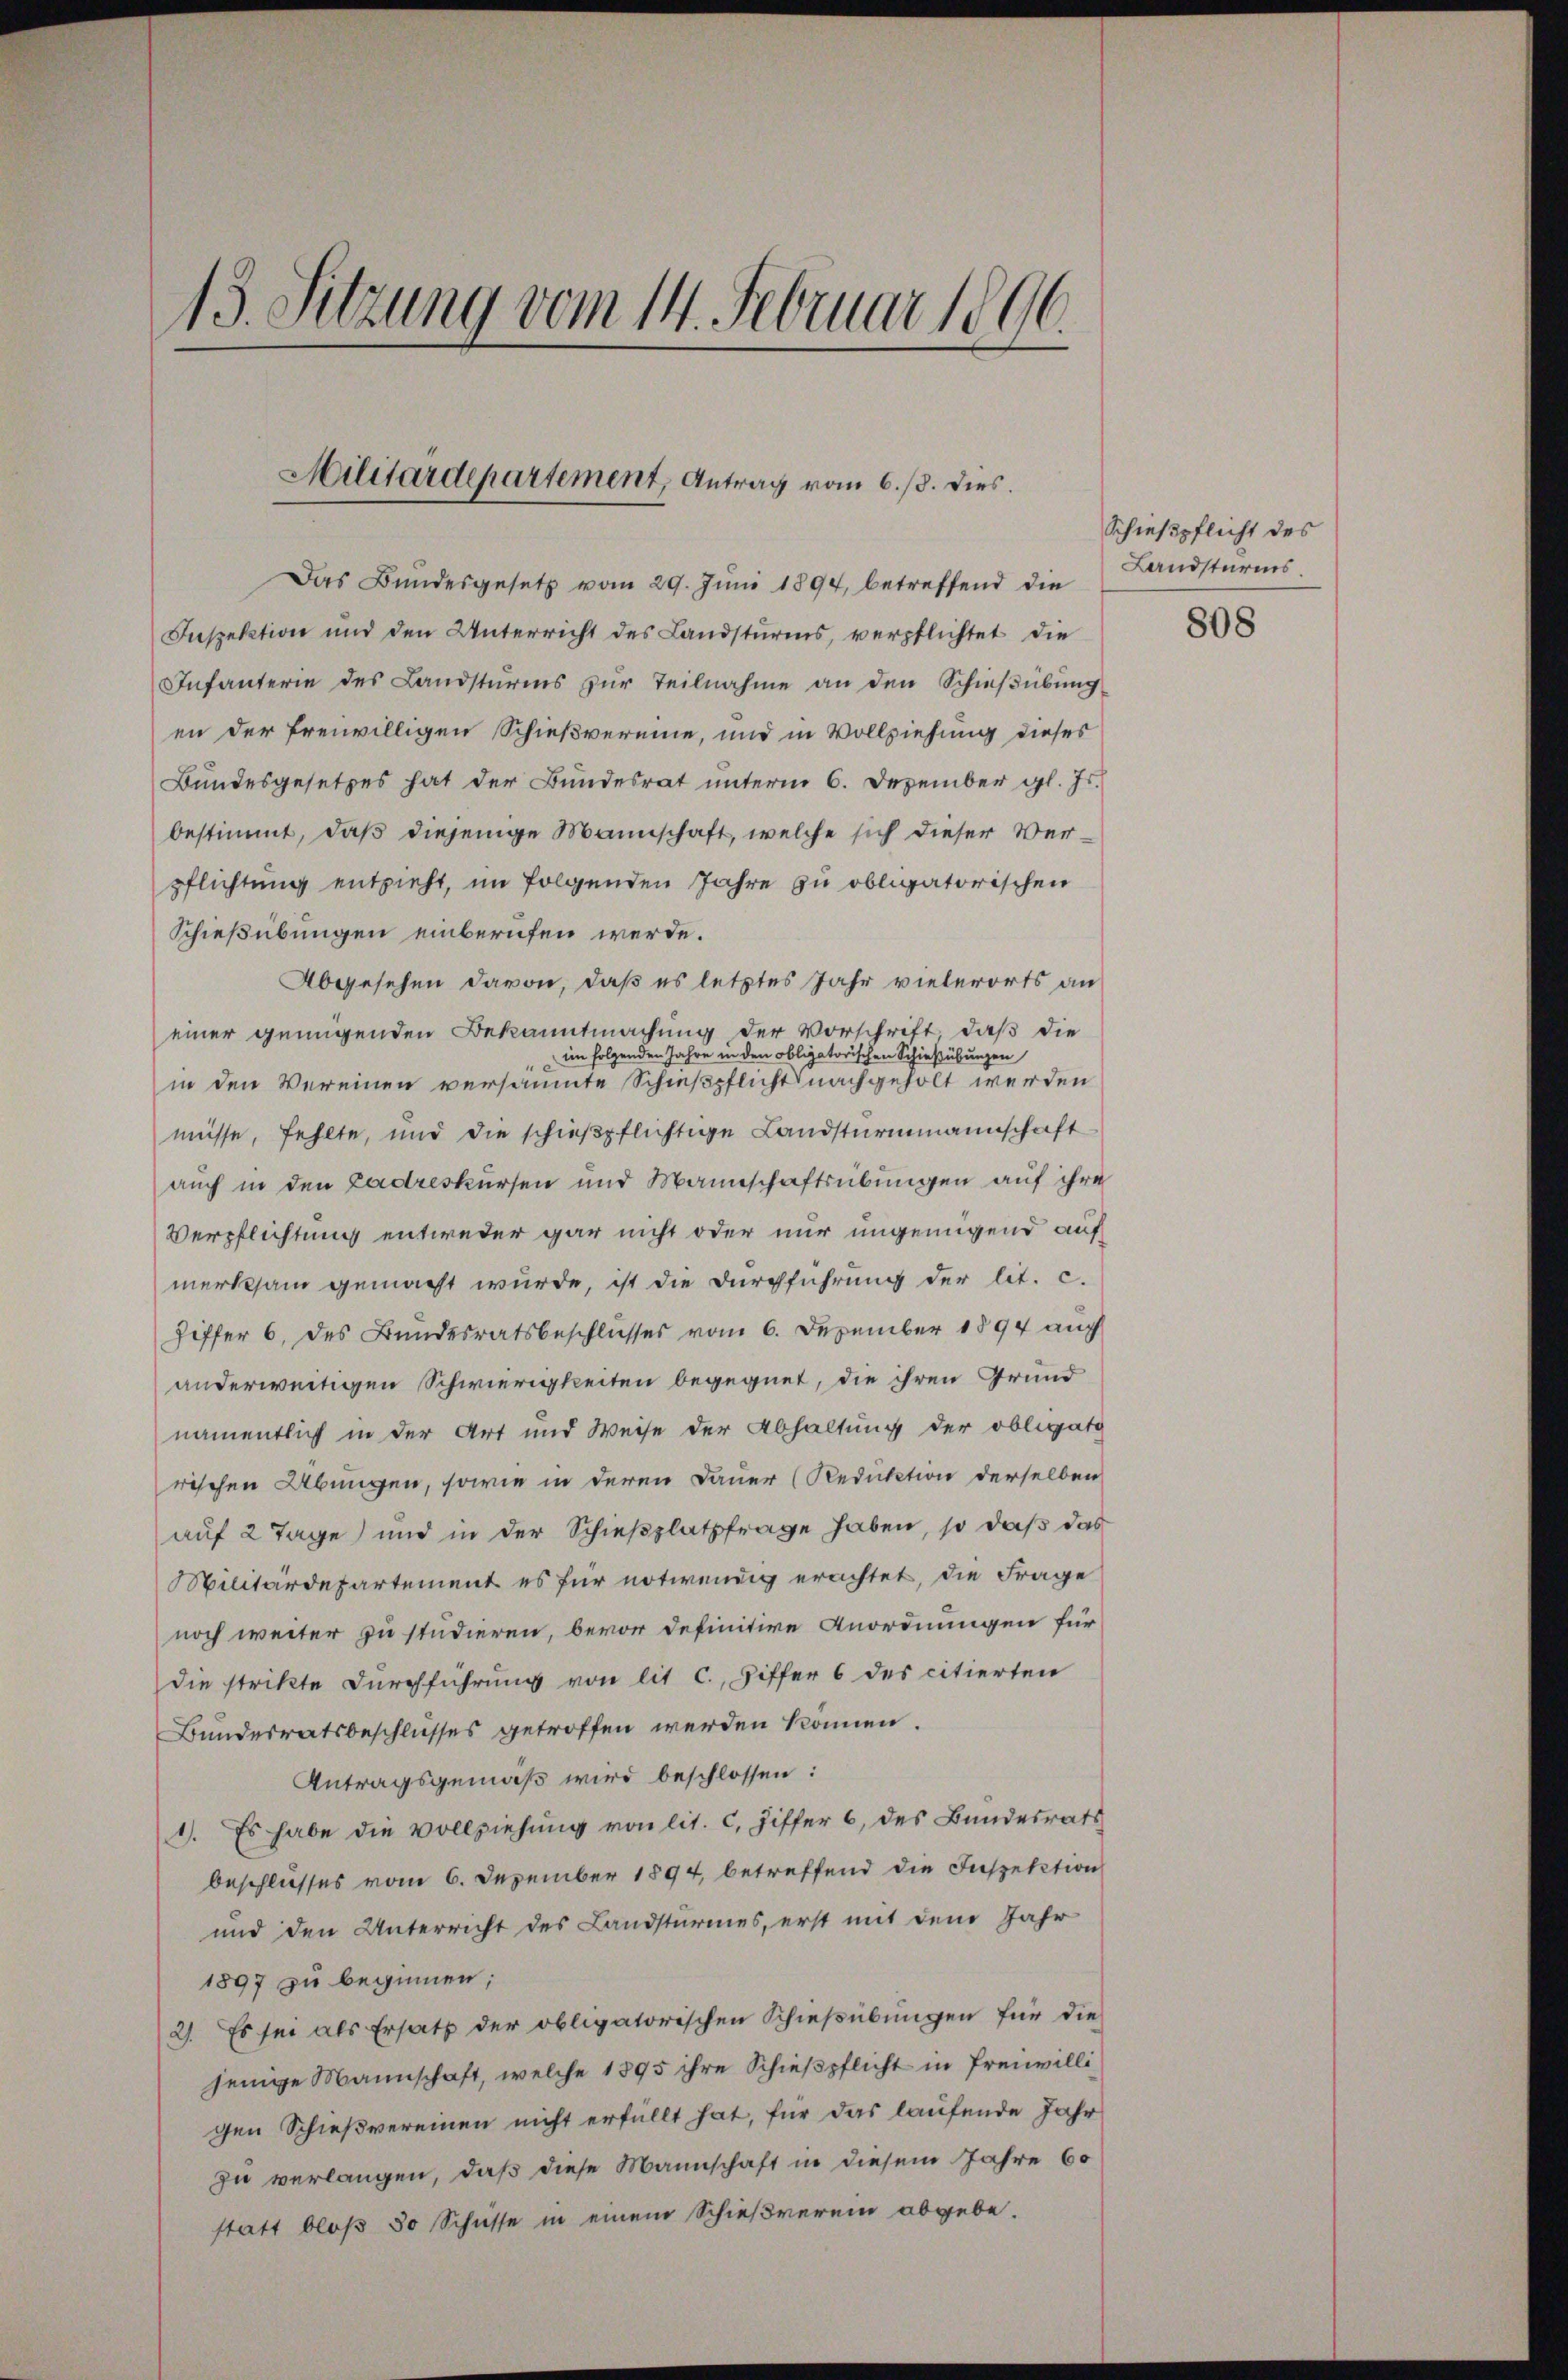
13. Sitzung vom 14. Februar 1896.

Militärdepartement, Antrag vom 6./8. dies.

Das Bundesgesetz vom 29. Jŭni 1894, betreffend die Landsturms,
Inspektion und den Unterricht des Landsturms, verpflichtet die
Infanterie des Landsturms zur Teilnahme an den Schießübung
en der freiwilligen Schießvereine, und in Vollziehung dieses
Bundesgesetzes hat der Bundesrat ŭnterm 6. Dezember gl. Js.
bestimmt, daß diejenige Mannschaft, welche sich dieser Verpflichtung entzieht, im folgenden Jahre zu obligatorischen
Schießübungen einberufen werde.
Abgesehen davon, daß es letztes Jahr vielerorts an
einer genügenden Bekanntmachung der Vorschrift, daß die
im folgenden Jahre in den obligatorischen Schießübungen
in den Vereinen versäumte Schießpflicht nachgeholt werden
müsse, fehlte, und die schieβpflichtige Landsturmmannschaft
auch in den Ladreskursen und Mannschaftsübungen auf ihre
Verpflichtung entweder gar nicht oder nur ungenügend auf
merksam gemacht wurde, ist die Durchführung der lit. c.
Hiffer 6. des Bundesratsbeschlusses vom 6. Dezember 1894 auch
anderweitigen Schwierigkeiten begegnet, die ihren Grund
namentlich in der Art und Weise der Abhaltung der obligati
rischen Übungen, sowie in deren Dauer (Reduktion derselben
auf 2 Tage) und in der Schießplatzfrage haben, so daß das
Militärdepartement es für notwendig erachtet, die Frage
noch weiter zu studieren, bevor definitive Anordnungen für
die strikte Durchführung von lit. c., Ziffer 6 des citierten
Bundesratsbeschlusses getroffen werden können.
Antragsgemäß wird beschlossen:
1. Es habe die Vollziehung von lit. c. Ziffer 6 des Bundesrats
beschlusses vom 6. Dezember 1894, betreffend die Inspektion
und den Unterricht des Landsturmes, erst mit dem Jahr
1897 zu beginnen;
2). Es sei als Ersatz der obligatorischen Schießübungen für die
jenige Mannschaft, welche 1895 ihre Schieβpflicht in Freiwilli
gen Schießvereinen nicht erfüllt hat, für das laufende Jahr
zu verlangen, daß diese Mannschaft in diesem Jahre 60
statt bloß 30 Schüsse in einem Schießverein abgebe.

Schießpflicht des

808